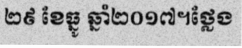
២៩ ខែធ្នូ ឆ្នាំ២០១៧។ថ្លែង